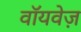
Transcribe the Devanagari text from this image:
वॉयवेज़